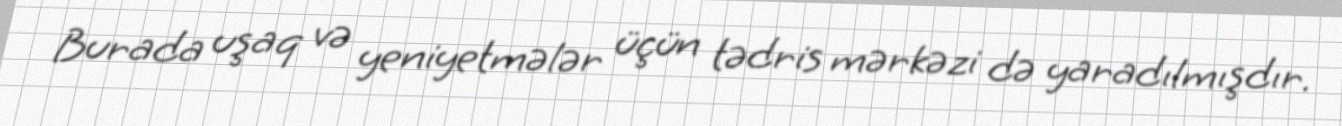
Burada uşaq və yeniyetmələr üçün tədris mərkəzi də yaradılmışdır.